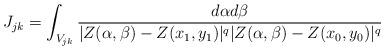
LaTeX: \begin{align*}J_{jk}=\int_{V_{jk}} \frac{d\alpha d\beta}{|Z(\alpha,\beta)-Z(x_1,y_1)|^q|Z(\alpha,\beta)-Z(x_0,y_0)|^q}\end{align*}